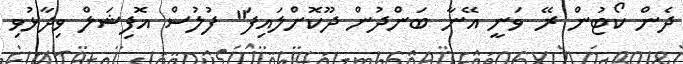
ދެން ކޯޓުން ރޭ ވަނީ އޭނާ ބަންދުން ދޫކޮށްލައިފަ" ފުލުސް އޮފިޝަލް ވިދާޅުވި